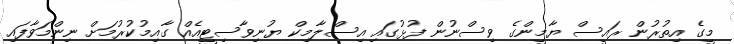
މީގެ އިތުރުން ރައީސް ޔާމީންގެ ވިސްނުން ފުޅުގައި އިސްލާމިކް ޔުނިވާސިޓީއެއް ގާއިމުކުރުމަށް ނިންމަވާފައި